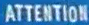
ATTENTION